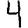
Digit: 4